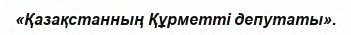
«Қазақстанның Құрметті депутаты».